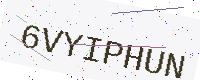
Text: 6VYIPHUN